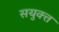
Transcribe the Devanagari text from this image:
सयुक्‍त